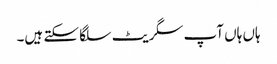
ہاں ہاں آپ سگریٹ سلگا سکتے ہیں۔